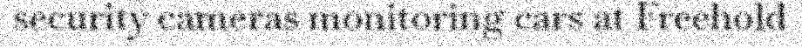
security cameras monitoring cars at Freehold